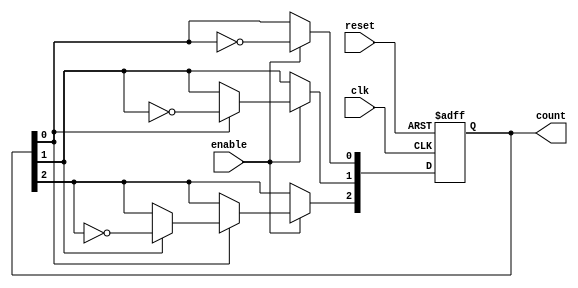
module async_counter (
    input wire clk,       // Clock input
    input wire reset,     // Asynchronous reset
    input wire enable,    // Enable signal
    output reg [2:0] count // 3-bit output for the count
);

// Asynchronous reset and counting logic
always @(posedge clk or posedge reset) begin
    if (reset) begin
        count <= 3'b000; // Reset count to 0
    end else if (enable) begin
        // T flip-flop behavior: toggle the count based on the LSB
        count[0] <= ~count[0]; // Toggle LSB
        // Toggle next flip-flops based on previous flip-flop's output
        if (count[0]) begin
            count[1] <= ~count[1]; // Toggle second LSB
            if (count[1]) begin
                count[2] <= ~count[2]; // Toggle MSB
            end
        end
    end
end

endmodule